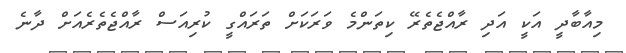
މިއާބާދީ އަކީ އަދި ރާއްޖެތެރޭ ކިތަންމެ ވަރަކަށް ތަރައްގީ ކުރިއަސް ރާއްޖެތެރެއަށް ދާނެ